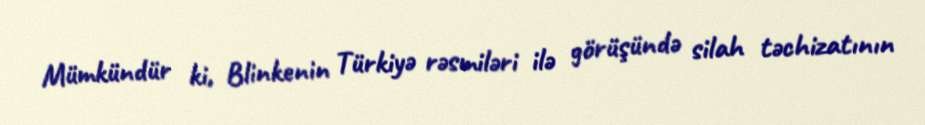
Mümkündür ki, Blinkenin Türkiyə rəsmiləri ilə görüşündə silah təchizatının